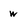
Character: w